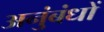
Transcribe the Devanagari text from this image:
अनुंबंधों